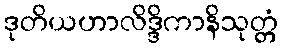
ဒုတိယဟာလိဒ္ဒိကာနိသုတ္တံ